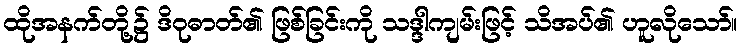
ထိုအနက်တို့၌ ဒိဝုဓာတ်၏ ဖြစ်ခြင်းကို သဒ္ဒါကျမ်းဖြင့် သိအပ်၏ ဟူလိုသော်။